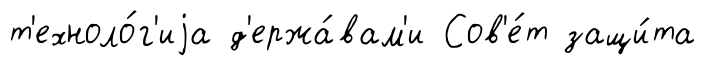
т'ехноло́г'иjа д'ержа́вам'и Сов'е́т защи́та